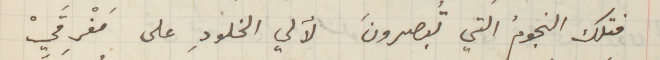
فتلك النجومُ التي تُبصرونَ لآلي الخلودِ على مَفْرِقَيْ